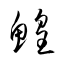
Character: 鰉